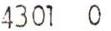
4301  0